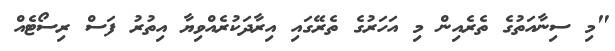
"މި ސިނާއަތުގެ ތެރެއިން މި އަހަރުގެ ތެރޭގައި އިރާދަކުރެއްވިޔާ އިތުރު ފަސް ރިސޯޓެއް